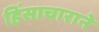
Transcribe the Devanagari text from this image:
हिंसाचाराने